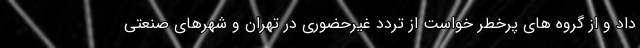
داد و از گروه های پرخطر خواست از تردد غیرحضوری در تهران و شهرهای صنعتی